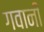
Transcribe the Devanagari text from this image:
गवानी